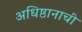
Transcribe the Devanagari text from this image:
अधिष्ठानाची